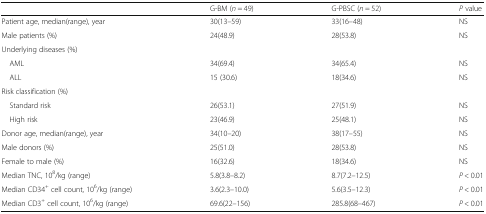
<table><thead><tr><td></td><td><b>G-BM (<i>n</i> = 49)</b></td><td><b>G-PBSC (<i>n</i> = 52)</b></td><td><b><i>P</i> value</b></td></tr></thead><tbody><tr><td>Patient age, median(range), year</td><td>30(13–59)</td><td>33(16–48)</td><td>NS</td></tr><tr><td>Male patients (%)</td><td>24(48.9)</td><td>28(53.8)</td><td>NS</td></tr><tr><td colspan="4">Underlying diseases (%)</td></tr><tr><td> AML</td><td>34(69.4)</td><td>34(65.4)</td><td>NS</td></tr><tr><td> ALL</td><td>15 (30.6)</td><td>18(34.6)</td><td>NS</td></tr><tr><td colspan="4">Risk classification (%)</td></tr><tr><td> Standard risk</td><td>26(53.1)</td><td>27(51.9)</td><td>NS</td></tr><tr><td> High risk</td><td>23(46.9)</td><td>25(48.1)</td><td>NS</td></tr><tr><td>Donor age, median(range), year</td><td>34(10–20)</td><td>38(17–55)</td><td>NS</td></tr><tr><td>Male donors (%)</td><td>25(51.0)</td><td>28(53.8)</td><td>NS</td></tr><tr><td>Female to male (%)</td><td>16(32.6)</td><td>18(34.6)</td><td>NS</td></tr><tr><td>Median TNC, 10<sup>8</sup>/kg (range)</td><td>5.8(3.8–8.2)</td><td>8.7(7.2–12.5)</td><td><i>P</i> &lt; 0.01</td></tr><tr><td>Median CD34<sup>+</sup> cell count, 10<sup>6</sup>/kg (range)</td><td>3.6(2.3–10.0)</td><td>5.6(3.5–12.3)</td><td><i>P</i> &lt; 0.01</td></tr><tr><td>Median CD3<sup>+</sup> cell count, 10<sup>6</sup>/kg (range)</td><td>69.6(22–156)</td><td>285.8(68–467)</td><td><i>P</i> &lt; 0.01</td></tr></tbody></table>